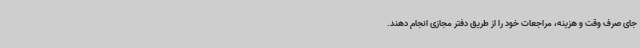
جای صرف وقت و هزینه، مراجعات خود را از طریق دفتر مجازی انجام دهند.